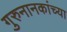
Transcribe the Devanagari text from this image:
गुरुनानकांच्या